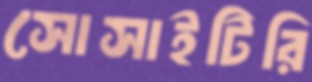
সোসাইটিরি